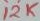
Text: 12K